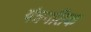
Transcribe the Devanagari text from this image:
यंत्रगतिक